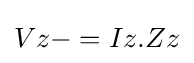
Vz-=Iz.Zz